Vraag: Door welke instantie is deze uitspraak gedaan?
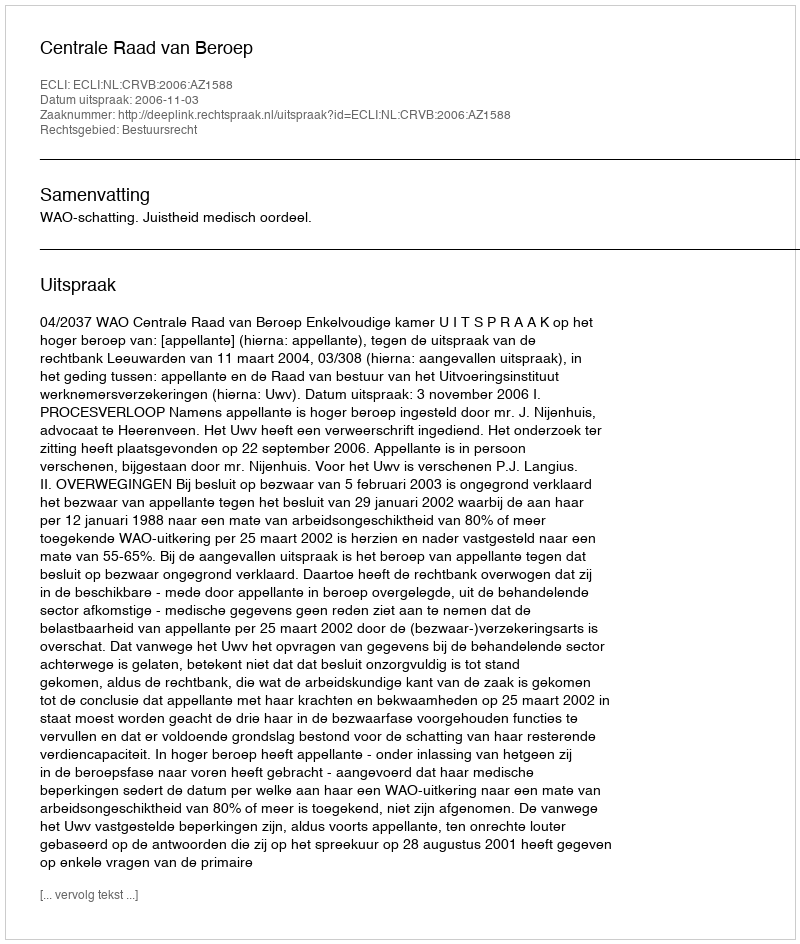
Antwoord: Centrale Raad van Beroep